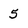
Character: 5